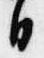
日